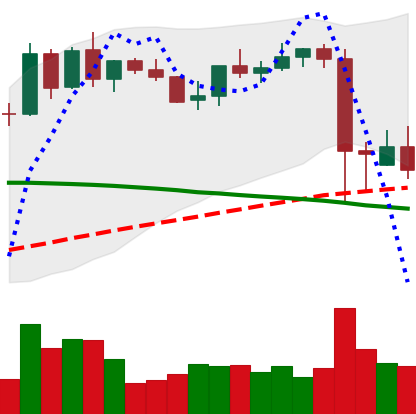
Ticker: BNB-USD
Chart end date: 2021-09-10
Forward return: 7.42%
Label: up_7plus